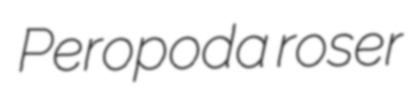
Peropoda roser